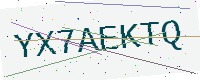
Text: YX7AEKTQ